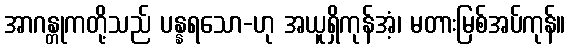
အာဂန္တုကတို့သည် ပန္နရသော-ဟု အယူရှိကုန်အံ့၊ မတားမြစ်အပ်ကုန်။